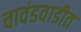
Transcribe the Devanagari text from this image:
चावंडवाडीत